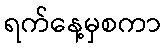
ရက်နေ့မှစကာ